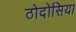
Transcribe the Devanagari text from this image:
ठोदोसिया